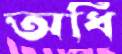
অধি